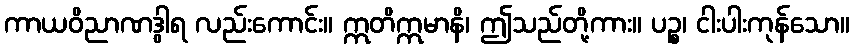
ကာယဝိညာဏဒွါရ လည်းကောင်း။ ဣတိဣမာနိ၊ ဤသည်တို့ကား။ ပဉ္စ၊ ငါးပါးကုန်သော။